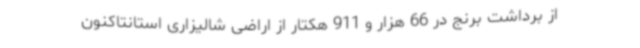
از برداشت برنج در 66 هزار و 911 هکتار از اراضی شالیزاری استانتاکنون